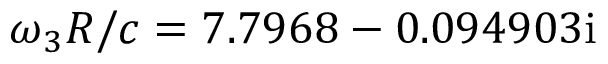
\omega _ { 3 } R / c = 7 . 7 9 6 8 - 0 . 0 9 4 9 0 3 \mathrm { i }